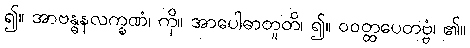
၍။ အာဗန္ဓနလက္ခဏံ၊ ကို။ အာပေါဓာတူတိ၊ ၍။ ဝဝတ္ထပေတဗ္ဗံ၊ ၏။